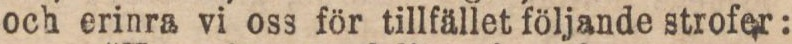
och erinra vi oss för tillfället följande strofer: